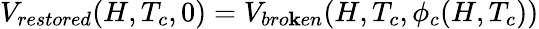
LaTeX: V_{restored}(H,T_{c},0)=V_{bro\mathbf{k}en}(H,T_{c},\phi_{c}(H,T_{c}))